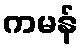
ကမန်